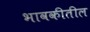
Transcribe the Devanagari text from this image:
भावकीतील